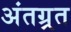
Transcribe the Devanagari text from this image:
अंतग्र्रत